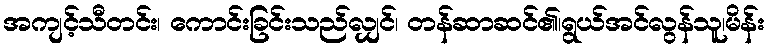
အကျင့်သီတင်း၊ ကောင်းခြင်းသည်လျှင်၊ တန်ဆာဆင်၏၊ရွယ်အင်လွန်သူ၊မိန်း